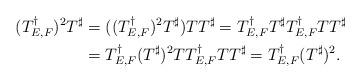
LaTeX: \begin{align*}(T^{\dag}_{E,F})^2T^{\sharp}&=((T^{\dag}_{E,F})^2T^{\sharp})TT^{\sharp}=T^{\dag}_{E,F}T^{\sharp}T^{\dag}_{E,F}TT^{\sharp}\\ &=T^{\dag}_{E,F}(T^{\sharp})^2TT^{\dag}_{E,F}TT^{\sharp}=T^{\dag}_{E,F}(T^{\sharp})^2.\\\end{align*}